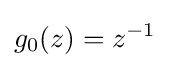
g_{0}(z)=z^{-1}